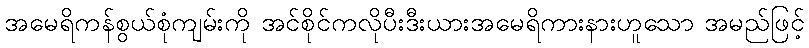
အမေရိကန်စွယ်စုံကျမ်းကို အင်စိုင်ကလိုပီးဒီးယားအမေရိကားနားဟူသော အမည်ဖြင့်